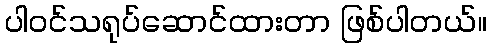
ပါဝင်သရုပ်ဆောင်ထားတာ ဖြစ်ပါတယ်။